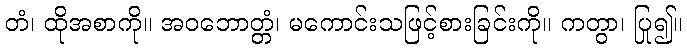
တံ၊ ထိုအစာကို။ အဝဘောတ္တံ၊ မကောင်းသဖြင့်စားခြင်းကို။ ကတွာ၊ ပြု၍။